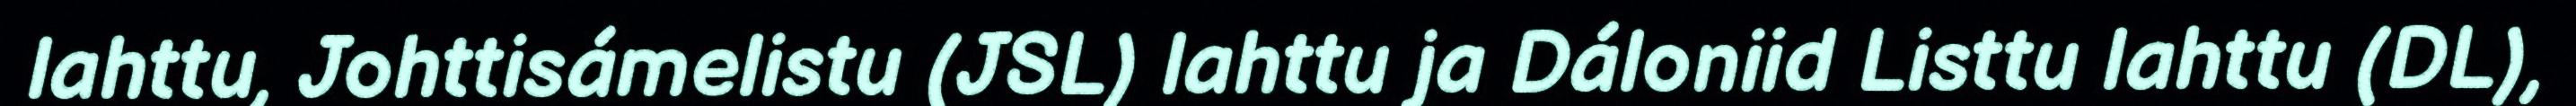
lahttu, Johttisámelistu (JSL) lahttu ja Dáloniid Listtu lahttu (DL),